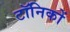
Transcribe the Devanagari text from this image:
टॉनिकों